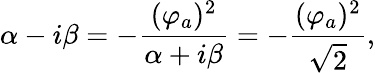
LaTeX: \alpha-i\beta=-{\frac{(\varphi_{a})^{2}}{\alpha+i\beta}}=-{\frac{(\varphi_{a})^{2}}{\sqrt{2}}},